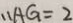
\therefore A G = 2